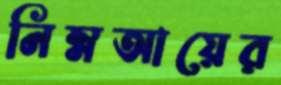
নিম্নআয়ের